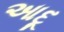
આદૂ